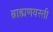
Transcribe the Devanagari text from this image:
ब्राह्मणवस्ती